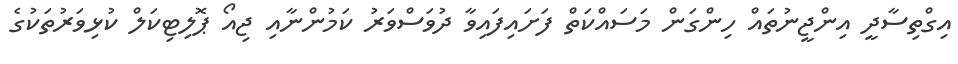
އިގްތިސާދީ އިންޖީނުތައް ހިންގަން މަސައްކަތް ފަށައިފައިވާ ދުވަސްވަރު ކަމުންނާއި ޖިއޯ ޕޮލިޓިކަލް ކުޅިވަރުތަކުގެ